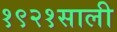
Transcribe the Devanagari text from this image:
१९२१साली